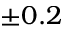
\pm 0 . 2